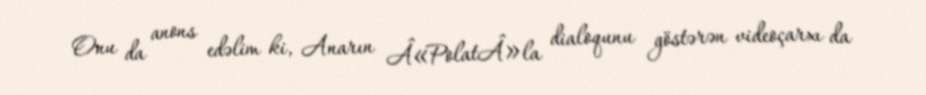
Onu da anons edəlim ki, Anarın Â«PolatÂ»la dialoqunu göstərən videoçarxı da